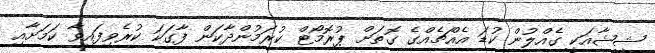
ޝީޝާއަކީ ގެއްލުން ކުޑަ އެއްޗެއްގެ ގޮތަށް ޕުރޮމޯޓް ކުރަމުންދާކަން ފާގަކަ ކުރެވިފައިވާ ކަމަށާއި